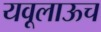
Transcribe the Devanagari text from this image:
यवूलाऊच